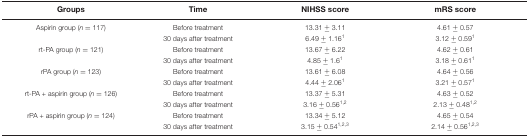
| Groups | Time | NIHSS score | mRS score |
 | --- | --- | --- | --- |
 | Aspirin group (n = 117) | Before treatment | 13.31 ± 3.11 | 4.61 ± 0.57 |
 |  | 30 days after treatment | 6.49 ± 1.161 | 3.12 ± 0.591 |
 | rt-PA group (n = 121) | Before treatment | 13.67 ± 6.22 | 4.62 ± 0.61 |
 |  | 30 days after treatment | 4.85 ± 1.61 | 3.18 ± 0.611 |
 | rPA group (n = 123) | Before treatment | 13.61 ± 6.08 | 4.64 ± 0.56 |
 |  | 30 days after treatment | 4.44 ± 2.061 | 3.21 ± 0.571 |
 | rt-PA + aspirin group (n = 126) | Before treatment | 13.37 ± 5.31 | 4.63 ± 0.52 |
 |  | 30 days after treatment | 3.16 ± 0.561,2 | 2.13 ± 0.481,2 |
 | rPA + aspirin group (n = 124) | Before treatment | 13.34 ± 5.12 | 4.65 ± 0.54 |
 |  | 30 days after treatment | 3.15 ± 0.541,2,3 | 2.14 ± 0.561,2,3 |